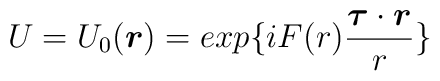
U=U_0(\mbox{\boldmath$r$})= exp\{ {i F(r) \frac{\mbox{\boldmath$\tau$}\cdot \mbox{\boldmath$r$}}{r}}\}